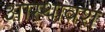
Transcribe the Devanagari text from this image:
आस्थावश